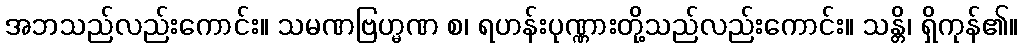
အဘသည်လည်းကောင်း။ သမဏဗြဟ္မဏ စ၊ ရဟန်းပုဏ္ဏားတို့သည်လည်းကောင်း။ သန္တိ၊ ရှိကုန်၏။